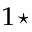
^ { 1 \star }